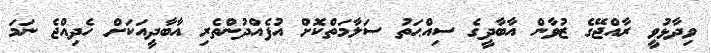
ވިދާޅުވީ ރާއްޖޭގެ ޒުވާން އާބާދީގެ ސިއްޙަތު ސަލާމަތްކޮށް އުފެއްދުންތެރި އާބާދީއަކަށް ހެދިއްޖެ ނަމަ